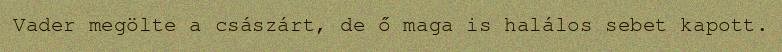
Vader megölte a császárt, de ő maga is halálos sebet kapott.